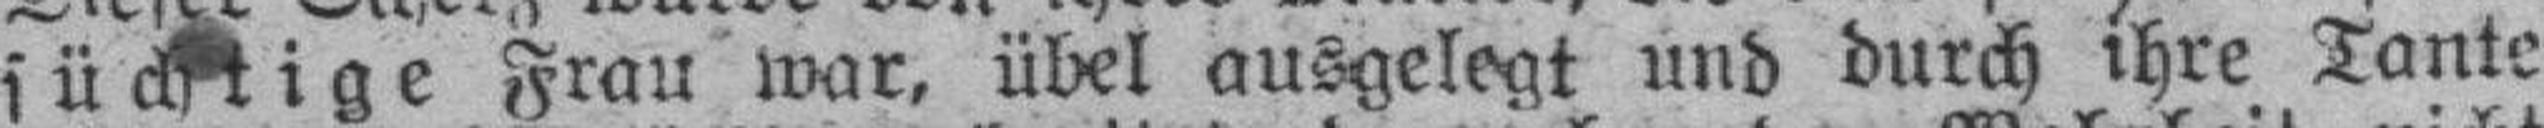
süchtige Frau war, übel ausgelegt und durch ihre Tante